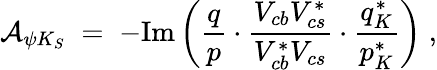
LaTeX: {\cal A}_{\psi K_{S}}\; =\; -\mathrm{Im}\left(\frac{q}{p}\cdot\frac{V_{cb}V_{cs}^{*}}{V_{cb}^{*}V_{cs}}\cdot\frac{q_{K}^{*}}{p_{K}^{*}}\right)\; ,